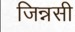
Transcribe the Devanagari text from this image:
जिन्नसी